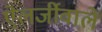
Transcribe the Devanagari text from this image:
ऐलर्जीवाले